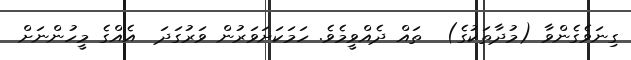
ގިނަވެގެންވާ (މުދާތަކުގެ)  ތައް ދެއްވީމެވެ. ހަމަކަށަވަރުން ވަރުގަދަ  އެއްގެ މީހުންނަށް